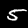
Label: 5